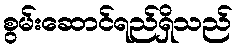
စွမ်းဆောင်ရည်ရှိသည်